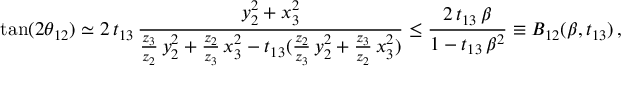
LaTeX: \tan ( 2 \theta _ { 1 2 } ) \simeq 2 \, t _ { 1 3 } \, \frac { y _ { 2 } ^ { 2 } + x _ { 3 } ^ { 2 } } { \frac { z _ { 3 } } { z _ { 2 } } \, y _ { 2 } ^ { 2 } + \frac { z _ { 2 } } { z _ { 3 } } \, x _ { 3 } ^ { 2 } - t _ { 1 3 } ( \frac { z _ { 2 } } { z _ { 3 } } \, y _ { 2 } ^ { 2 } + \frac { z _ { 3 } } { z _ { 2 } } \, x _ { 3 } ^ { 2 } ) } \le \frac { 2 \, t _ { 1 3 } \, \beta } { 1 - t _ { 1 3 } \, \beta ^ { 2 } } \equiv B _ { 1 2 } ( \beta , t _ { 1 3 } ) \, ,